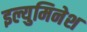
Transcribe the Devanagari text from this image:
इल्युमिनेश